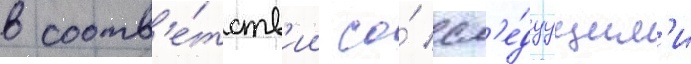
в соотв'е́тств'ии со́ сл'е́дуущим'и